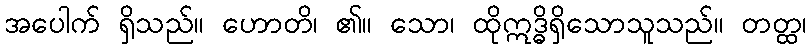
အပေါက် ရှိသည်။ ဟောတိ၊ ၏။ သော၊ ထိုဣဒ္ဓိရှိသောသူသည်။ တတ္ထ၊